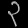
Digit: ၃